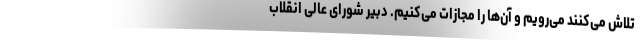
تلاش می‌کنند می‌رویم و آن‌ها را مجازات می‌کنیم. دبیر شورای عالی انقلاب